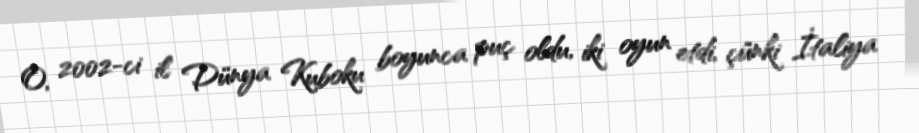
O, 2002-ci il Dünya Kuboku boyunca puç oldu, iki oyun etdi, çünki İtaliya